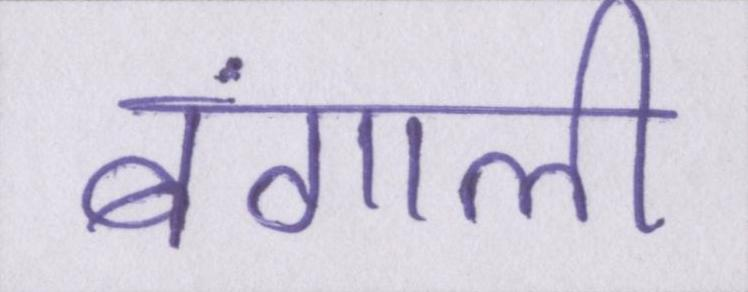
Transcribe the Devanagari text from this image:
बंगाली